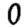
Digit: 0